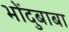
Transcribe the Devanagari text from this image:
भोंदुबाबा